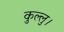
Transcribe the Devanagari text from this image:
कुल्‍लु।